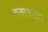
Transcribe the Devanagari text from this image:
बलाआख़र